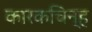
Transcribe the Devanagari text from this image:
कारकचिन्ह